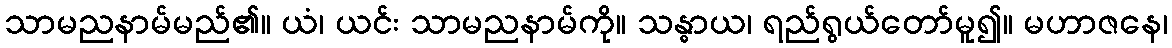
သာမညနာမ်မည်၏။ ယံ၊ ယင်း သာမညနာမ်ကို။ သန္ဓာယ၊ ရည်ရွယ်တော်မူ၍။ မဟာဇနေ၊